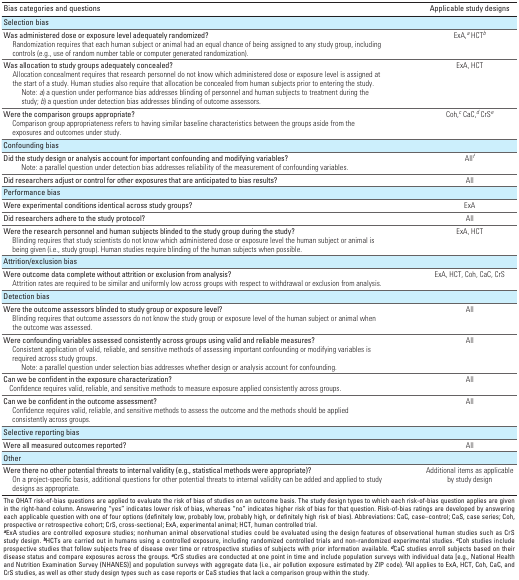
<table><thead><tr><td><b>Bias categories and questions</b></td><td><b>Applicable study designs</b></td></tr></thead><tbody><tr><td><b>Selection bias</b></td></tr><tr><td><b><b>Was administered dose or exposure level adequately randomized?</b> Randomization requires that each human subject or animal had an equal chance of being assigned to any study group, including controls (e.g., use of random number table or computer generated randomization).</b></td><td>ExA,<sup><i>a</i></sup> HCT<sup><i>b</i></sup></td></tr><tr><td><b><b>Was allocation to study groups adequately concealed?</b> Allocation concealment requires that research personnel do not know which administered dose or exposure level is assigned at the start of a study. Human studies also require that allocation be concealed from human subjects prior to entering the study. <i>Note: <i>a</i>) a question under performance bias addresses blinding of personnel and human subjects to treatment during the study; <i>b</i>) a question under detection bias addresses blinding of outcome assessors.</i></b></td><td>ExA, HCT</td></tr><tr><td><b><b>Were the comparison groups appropriate? </b> Comparison group appropriateness refers to having similar baseline characteristics between the groups aside from the exposures and outcomes under study.</b></td><td>Coh,<sup><i>c</i></sup> CaC,<sup><i>d</i></sup> CrS<sup><i>e</i></sup></td></tr><tr><td><b>Confounding bias</b></td></tr><tr><td><b><b>Did the study design or analysis account for important confounding and modifying variables? </b><i>Note: a parallel question under detection bias addresses reliability of the measurement of confounding variables.</i></b></td><td>All<sup><i>f</i></sup></td></tr><tr><td><b><b>Did researchers adjust or control for other exposures that are anticipated to bias results?</b></b></td><td>All</td></tr><tr><td><b>Performance bias</b></td></tr><tr><td><b><b>Were experimental conditions identical across study groups?</b></b></td><td>ExA</td></tr><tr><td><b><b>Did researchers adhere to the study protocol?</b></b></td><td>All</td></tr><tr><td><b><b>Were the research personnel and human subjects blinded to the study group during the study? </b> Blinding requires that study scientists do not know which administered dose or exposure level the human subject or animal is being given (i.e., study group). Human studies require blinding of the human subjects when possible.</b></td><td>ExA, HCT</td></tr><tr><td><b>Attrition/exclusion bias</b></td></tr><tr><td><b><b>Were outcome data complete without attrition or exclusion from analysis? </b> Attrition rates are required to be similar and uniformly low across groups with respect to withdrawal or exclusion from analysis.</b></td><td>ExA, HCT, Coh, CaC, CrS</td></tr><tr><td><b>Detection bias</b></td></tr><tr><td><b><b>Were the outcome assessors blinded to study group or exposure level? </b> Blinding requires that outcome assessors do not know the study group or exposure level of the human subject or animal when the outcome was assessed.</b></td><td>All</td></tr><tr><td><b><b>Were confounding variables assessed consistently across groups using valid and reliable measures? </b> Consistent application of valid, reliable, and sensitive methods of assessing important confounding or modifying variables is required across study groups. <i>Note: a parallel question under selection bias addresses whether design or analysis account for confounding.</i></b></td><td>All</td></tr><tr><td><b><b>Can we be confident in the exposure characterization? </b> Confidence requires valid, reliable, and sensitive methods to measure exposure applied consistently across groups.</b></td><td>All</td></tr><tr><td><b><b>Can we be confident in the outcome assessment? </b> Confidence requires valid, reliable, and sensitive methods to assess the outcome and the methods should be applied consistently across groups.</b></td><td>All</td></tr><tr><td><b>Selective reporting bias</b></td></tr><tr><td><b><b>Were all measured outcomes reported?</b></b></td><td>All</td></tr><tr><td><b>Other</b></td></tr><tr><td><b><b>Were there no other potential threats to internal validity (e.g., statistical methods were appropriate)? </b> On a project-specific basis, additional questions for other potential threats to internal validity can be added and applied to study designs as appropriate.</b></td><td>Additional items as applicable by study design</td></tr><tr><td colspan="2">The OHAT risk-of-bias questions are applied to evaluate the risk of bias of studies on an outcome basis. The study design types to which each risk-of-bias question applies are given in the right-hand column. Answering “yes” indicates lower risk of bias, whereas “no” indicates higher risk of bias for that question. Risk-of-bias ratings are developed by answering each applicable question with one of four options (definitely low, probably low, probably high, or definitely high risk of bias). Abbreviations: CaC, case–control; CaS, case series; Coh, prospective or retrospective cohort; CrS, cross-sectional; ExA, experimental animal; HCT, human controlled trial. <sup><i><b>a</b></i></sup>ExA studies are controlled exposure studies; nonhuman animal observational studies could be evaluated using the design features of observational human studies such as CrS study design. <sup><i><b>b</b></i></sup>HCTs are carried out in humans using a controlled exposure, including randomized controlled trials and non-randomized experimental studies. <sup><i><b>c</b></i></sup>Coh studies include prospective studies that follow subjects free of disease over time or retrospective studies of subjects with prior information available. <sup><i><b>d</b></i></sup>CaC studies enroll subjects based on their disease status and compare exposures across the groups. <sup><i><b>e</b></i></sup>CrS studies are conducted at one point in time and include population surveys with individual data [e.g., National Health and Nutrition Examination Survey (NHANES)] and population surveys with aggregate data (i.e., air pollution exposure estimated by ZIP code). <sup><i><b>f</b></i></sup>All applies to ExA, HCT, Coh, CaC, and CrS studies, as well as other study design types such as case reports or CaS studies that lack a comparison group within the study. </td></tr></tbody></table>